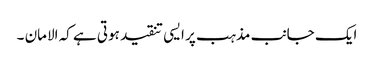
ایک جانب مذہب پر ایسی تنقید ہوتی ہے کہ الامان ۔